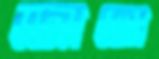
জোহো